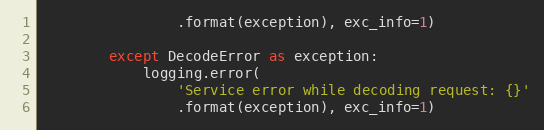
Language: Python
                .format(exception), exc_info=1)

        except DecodeError as exception:
            logging.error(
                'Service error while decoding request: {}'
                .format(exception), exc_info=1)